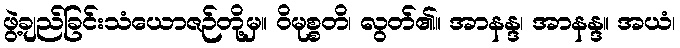
ဖွဲ့ချည်ခြင်းသံယောဇဉ်တို့မှ။ ဝိမုစ္စတိ၊ လွတ်၏။ အာနန္ဒ၊ အာနန္ဒ။ အယံ၊